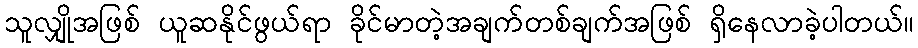
သူလျှိုအဖြစ် ယူဆနိုင်ဖွယ်ရာ ခိုင်မာတဲ့အချက်တစ်ချက်အဖြစ် ရှိနေလာခဲ့ပါတယ်။